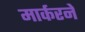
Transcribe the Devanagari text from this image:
मार्करने